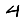
Digit: 4